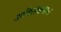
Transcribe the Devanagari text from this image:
अभिलेखमाला